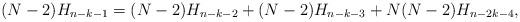
LaTeX: \begin{align*}(N - 2)H_{n - k - 1}&= (N - 2) H_{n - k -2} + (N - 2) H_{n - k - 3} + N(N - 2) H_{n - 2k - 4},\end{align*}